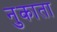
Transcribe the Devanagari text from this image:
नुकाता